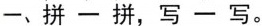
一、拼一拼，写一写。